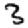
Digit: 3